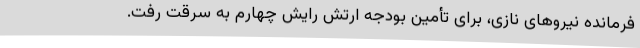
فرمانده نیرو‌های نازی، برای تأمین بودجه ارتش رایش چهارم به سرقت رفت.